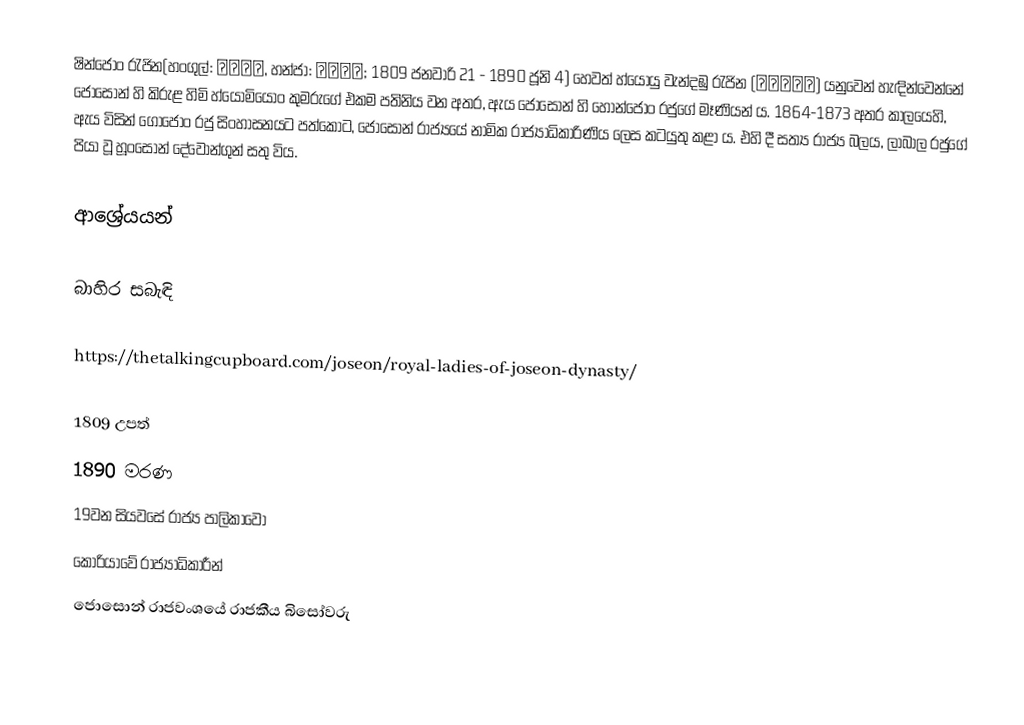
ෂින්ජොං රැජින(හංගුල්: 신정왕후, හන්ජා: 神貞王后; 1809 ජනවාරි 21 - 1890 ජූනි 4) හෙවත් හ්යෝයු වැන්දඹු ‍රැජින (효유왕대비) යනුවෙන් හැඳින්වෙන්නේ ජොසොන් හි කිරුළ හිමි හ්යෝමියොං කුමරුගේ එකම පතිනිය වන අතර, ඇය ජොසොන් හි හොන්ජොං රජුගේ මෑණියන් ය. 1864-1873 අතර කාලයෙහි, ඇය විසින් ගෝජොං රජු සිංහාසනයට පත්කොට, ජොසොන් රාජ්‍යයේ නාමික රාජ්‍යාධිකාරිණිය ලෙස කටයුතු කළා ය. එහි දී සත්‍ය රාජ්‍ය බලය, ලාබාල රජුගේ  පියා වූ හූංසොන් දේවොන්ගුන් සතු විය.

ආශ්‍රේයයන්

බාහිර සබැඳි

https://thetalkingcupboard.com/joseon/royal-ladies-of-joseon-dynasty/

1809 උපත්
1890 මරණ
19වන සියවසේ රාජ්‍ය පාලිකාවෝ
කොරියාවේ රාජ්‍යාධිකාරීන්
ජොසොන් රාජවංශයේ රාජකීය බිසෝවරු